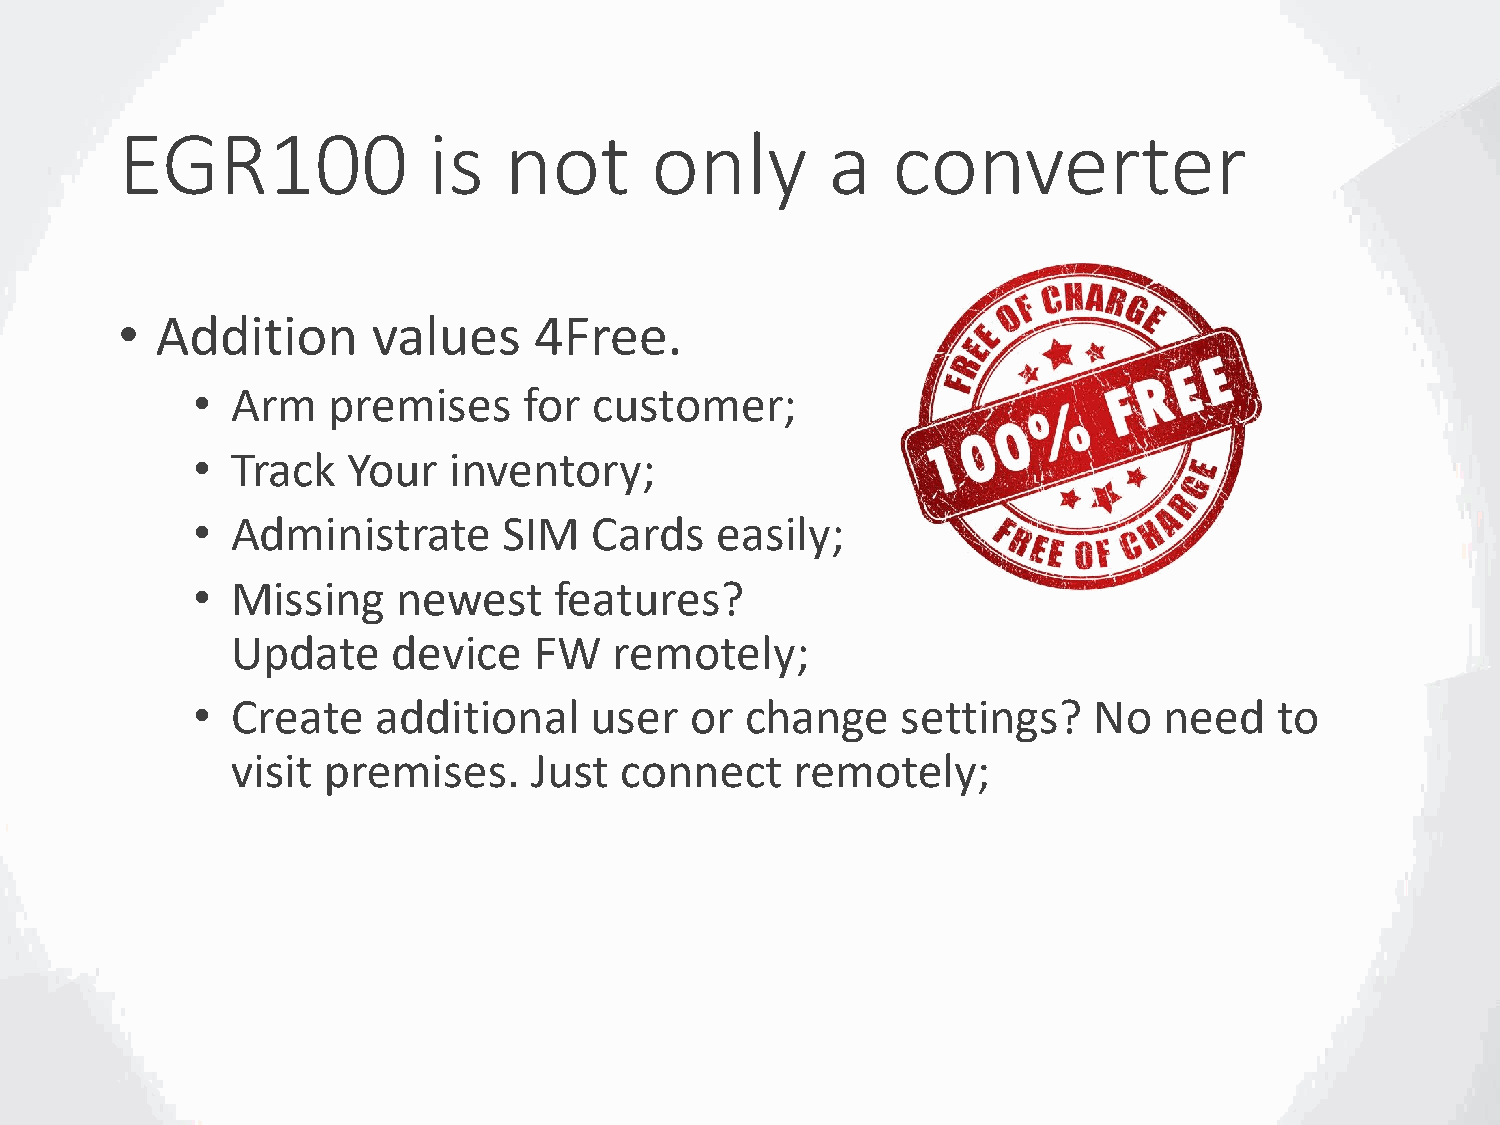
EGR100              is   not       only        a   converter
 • Addition       values    4Free.
 • Arm    premises     for customer;
 • Track   Your   inventory;
 • Administrate      SIM   Cards   easily;
 • Missing    newest     features?
 Update     device   FW    remotely;
 • Create    additional    user   or change     settings?   No   need    to
 visit premises.     Just  connect     remotely;